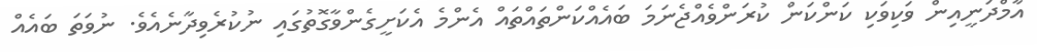
އާމްދަނީއިން ވަކިވަކި ކަންކަން ކުރަންވެއްޖެނަމަ ބައެއްކަންތައްތައް އެންމެ އެކަށީގެންވާގޮތުގައި ނުކުރެވިދާނެއެވެ. ނުވަތަ ބައެއް